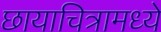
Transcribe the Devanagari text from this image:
छायाचित्रामध्ये